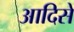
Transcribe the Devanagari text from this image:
आदिसे